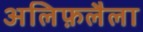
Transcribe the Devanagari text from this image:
अलिफ़लैला